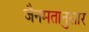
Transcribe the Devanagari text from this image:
जैनमतानुसार